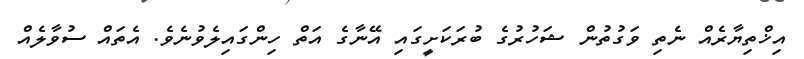
އިޚްތިޔާރެއް ނެތި ވަގުތުން ޝަހުރުގެ ބުރަކަށީގައި އޭނާގެ އަތް ހިންގައިލެވުނެވެ. އެތައް ސުވާލެއް